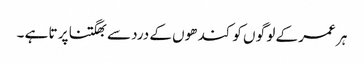
ہر عمر کے لو گو ں کو کند ھوں کے درد سے بھگتنا پر تا ہے ۔